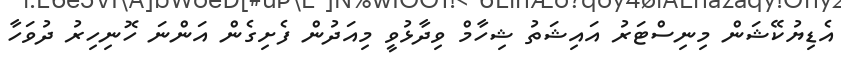
އެޑިޔުކޭޝަން މިނިސްޓަރު އައިޝަތު ޝިހާމް ވިދާޅުވީ މިއަދުން ފެށިގެން އަންނަ ހޮނިހިރު ދުވަހާ